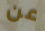
عن